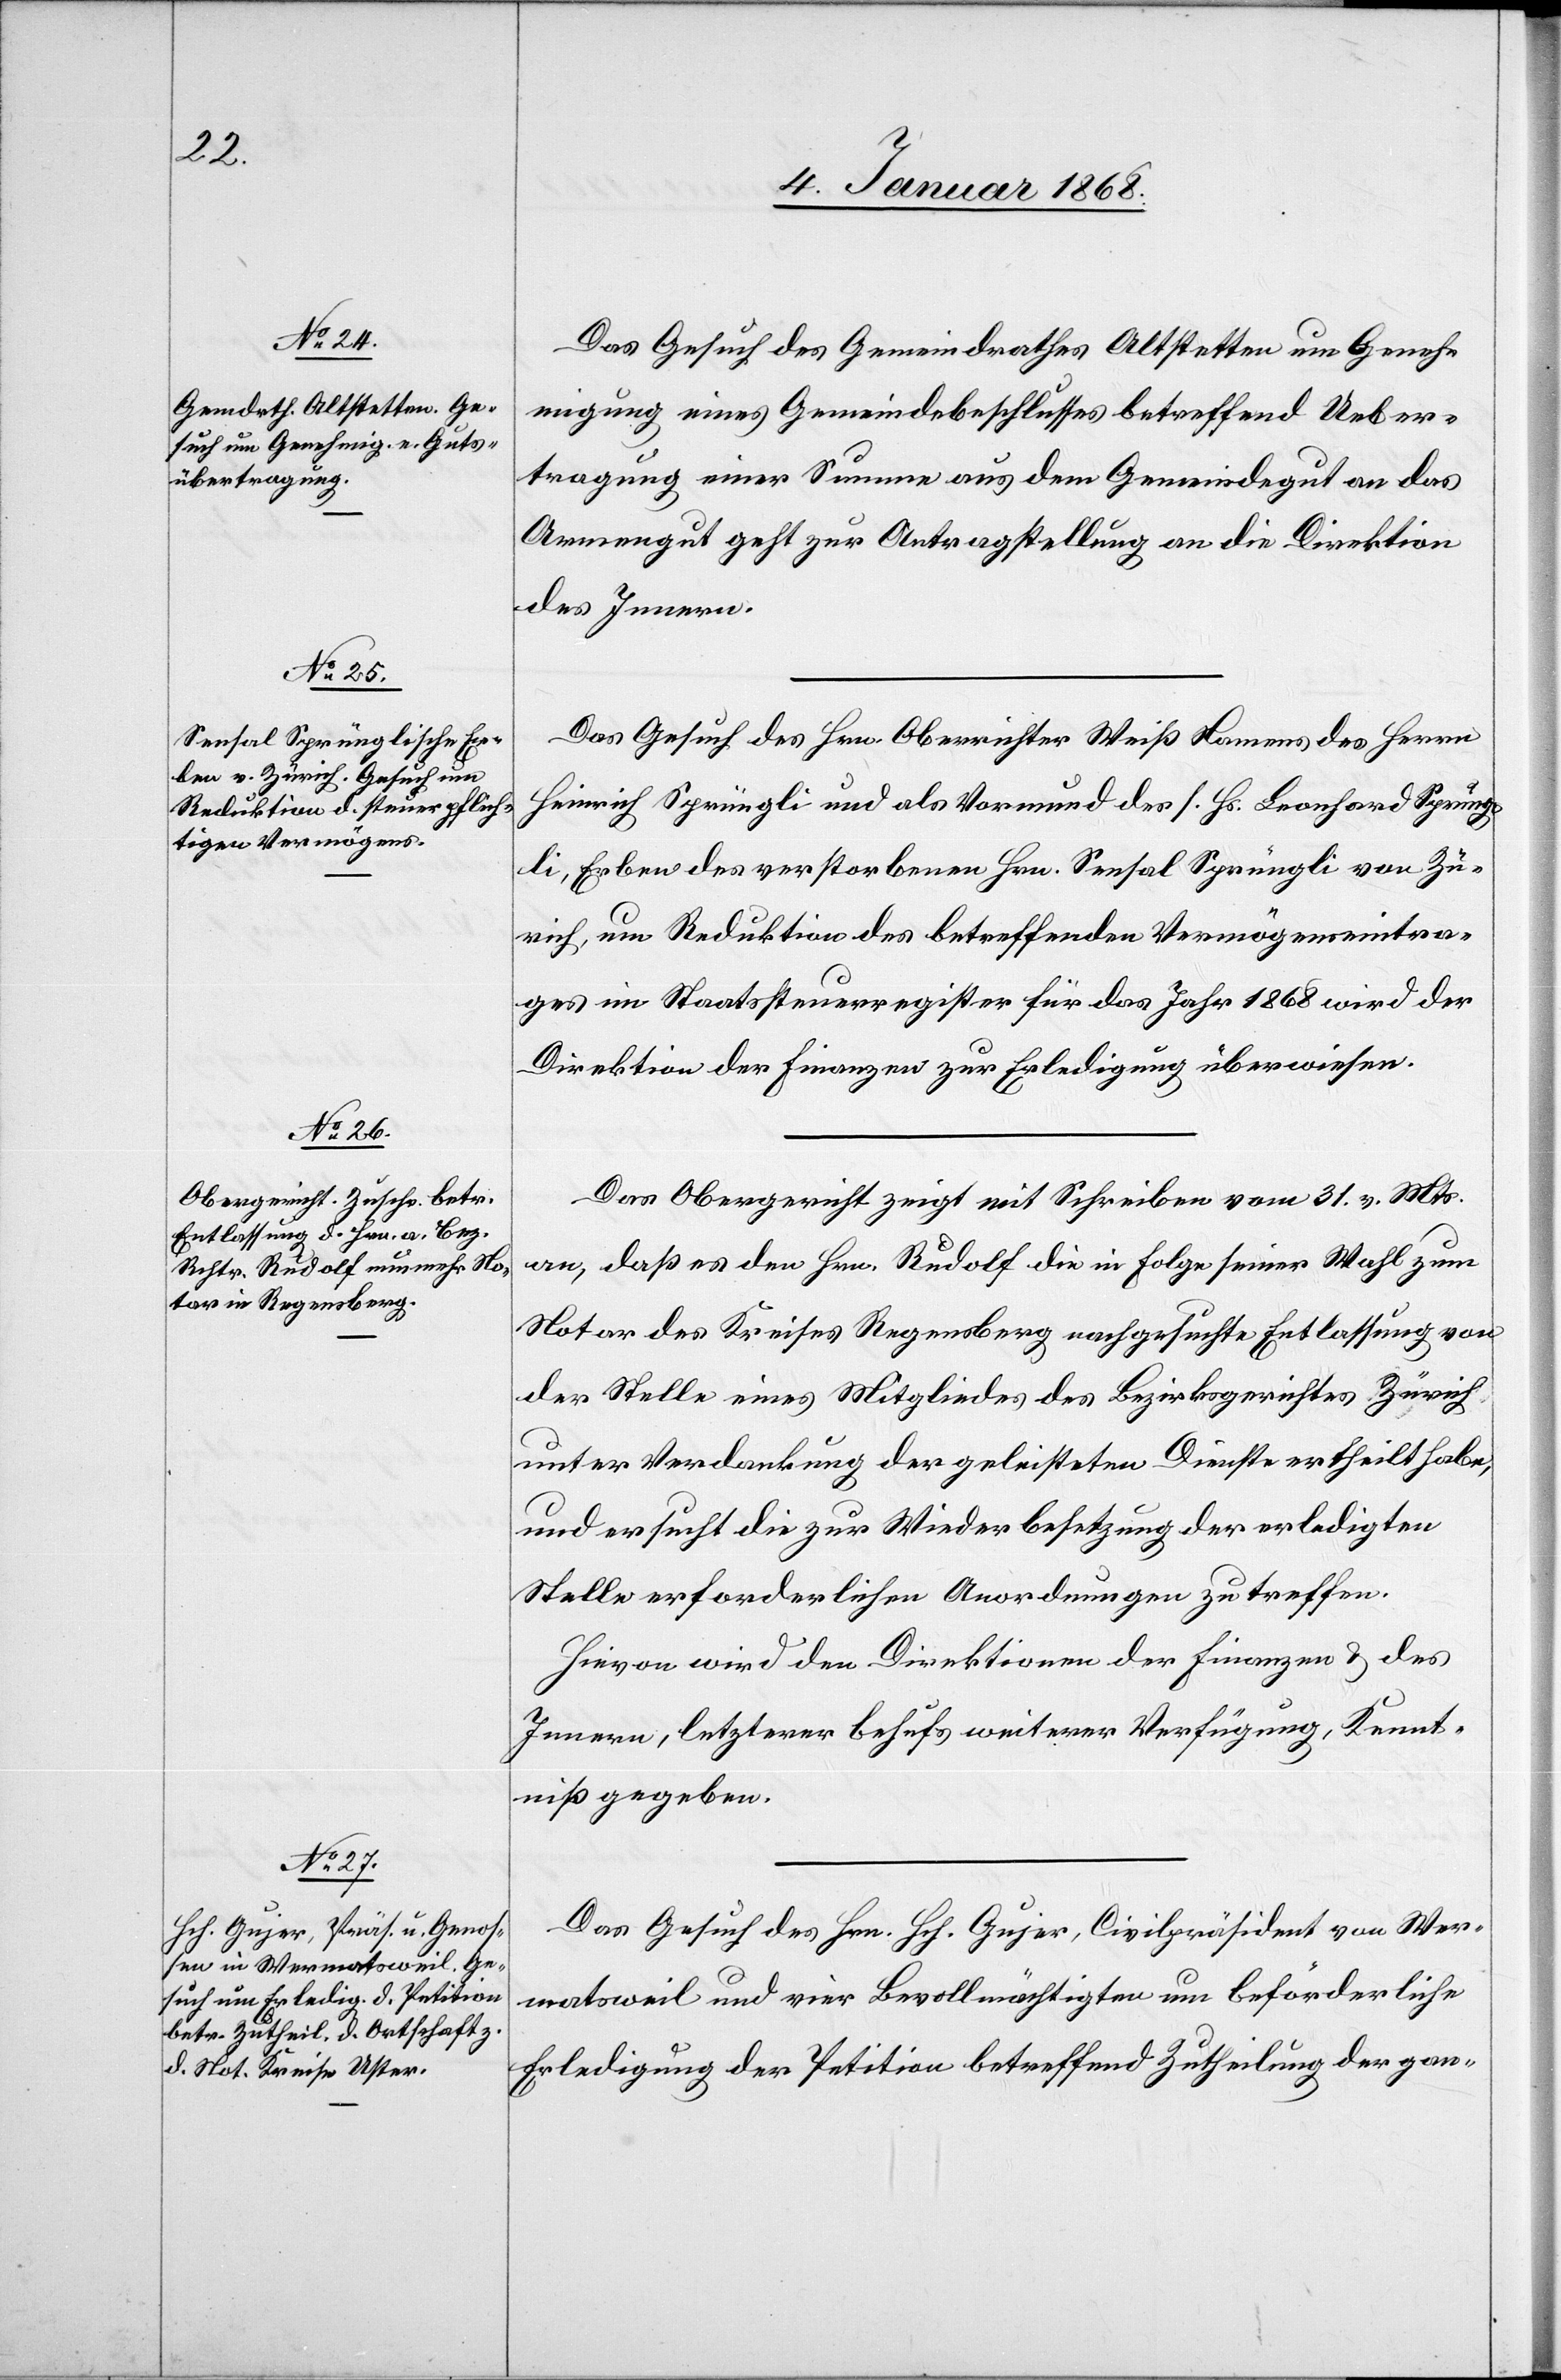
6. Januar 1868.]
Das Gesuch des Gemeindrathes Altstetten um Geneh¬
migung eines Gemeindebeschlusses betreffend Ueber¬
tragung einer Summe aus dem Gemeindegut an das
Armengut geht zur Antragstellung an die Direktion
des Innern.
Das Gesuch des Hrn. Oberrichter Weiß Namens des Herrn
Heinrich Sprüngli und als Vormund des s. Hs. Leonhard Sprüng¬
li, Erben des verstorbenen Hrn. Sensal Sprüngli von Zü¬
rich, um Reduktion des betreffenden Vermögenseintra¬
ges im Staatssteuerregister für das Jahr 1868 wird der
Direktion der Finanzen zur Erledigung überwiesen.
Das Obergericht zeigt mit Schreiben vom 31. v. Mts.
an, daß es den Hrn. Rudolf die in Folge seiner Wahl zum
Notar des Kreises Regensberg nachgesuchte Entlassung von
der Stelle eines Mitgliedes des Bezirksgerichtes Zürich
unter Verdankung der geleisteten Dienste ertheilt habe,
und ersucht die zur Wiederbesetzung der erledigten
Stelle erforderlichen Anordnungen zu treffen.
Hievon wird den Direktionen der Finanzen & des
Innern, letzterer behufs weiterer Verfügung, Kennt¬
niß gegeben.
Das Gesuch des Hrn. Hch. Gujer, Civilpräsident von Wer¬
matsweil und vier Bevollmächtigten um beförderliche
Erledigung der Petition betreffend Zutheilung der gan-